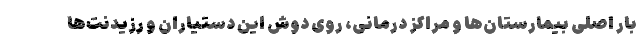
بار اصلی بیمارستان‌ها و مراکز درمانی، روی دوش این دستیاران و رزیدنت‌ها